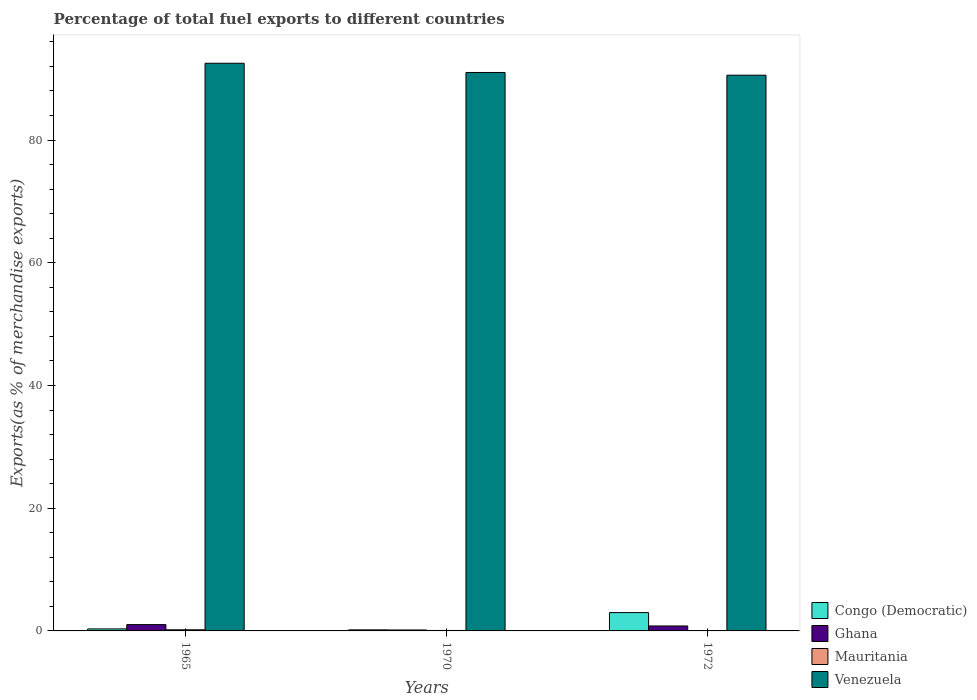
| Years | Congo (Democratic) | Ghana | Mauritania | Venezuela |
 | --- | --- | --- | --- | --- |
 | 1965 | 0.33 | 1.03 | 0.185 | 92.5 |
 | 1970 | 0.175 | 0.154 | 0.075 | 91 |
 | 1972 | 2.99 | 0.808 | 0.00297 | 90.6 |